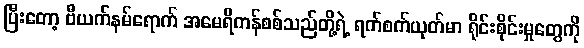
ပြီးတော့ ဗီယက်နမ်ရောက် အမေရိကန်စစ်သည်တို့ရဲ့ ရက်စက်ယုတ်မာ ရိုင်းစိုင်းမှုတွေကို